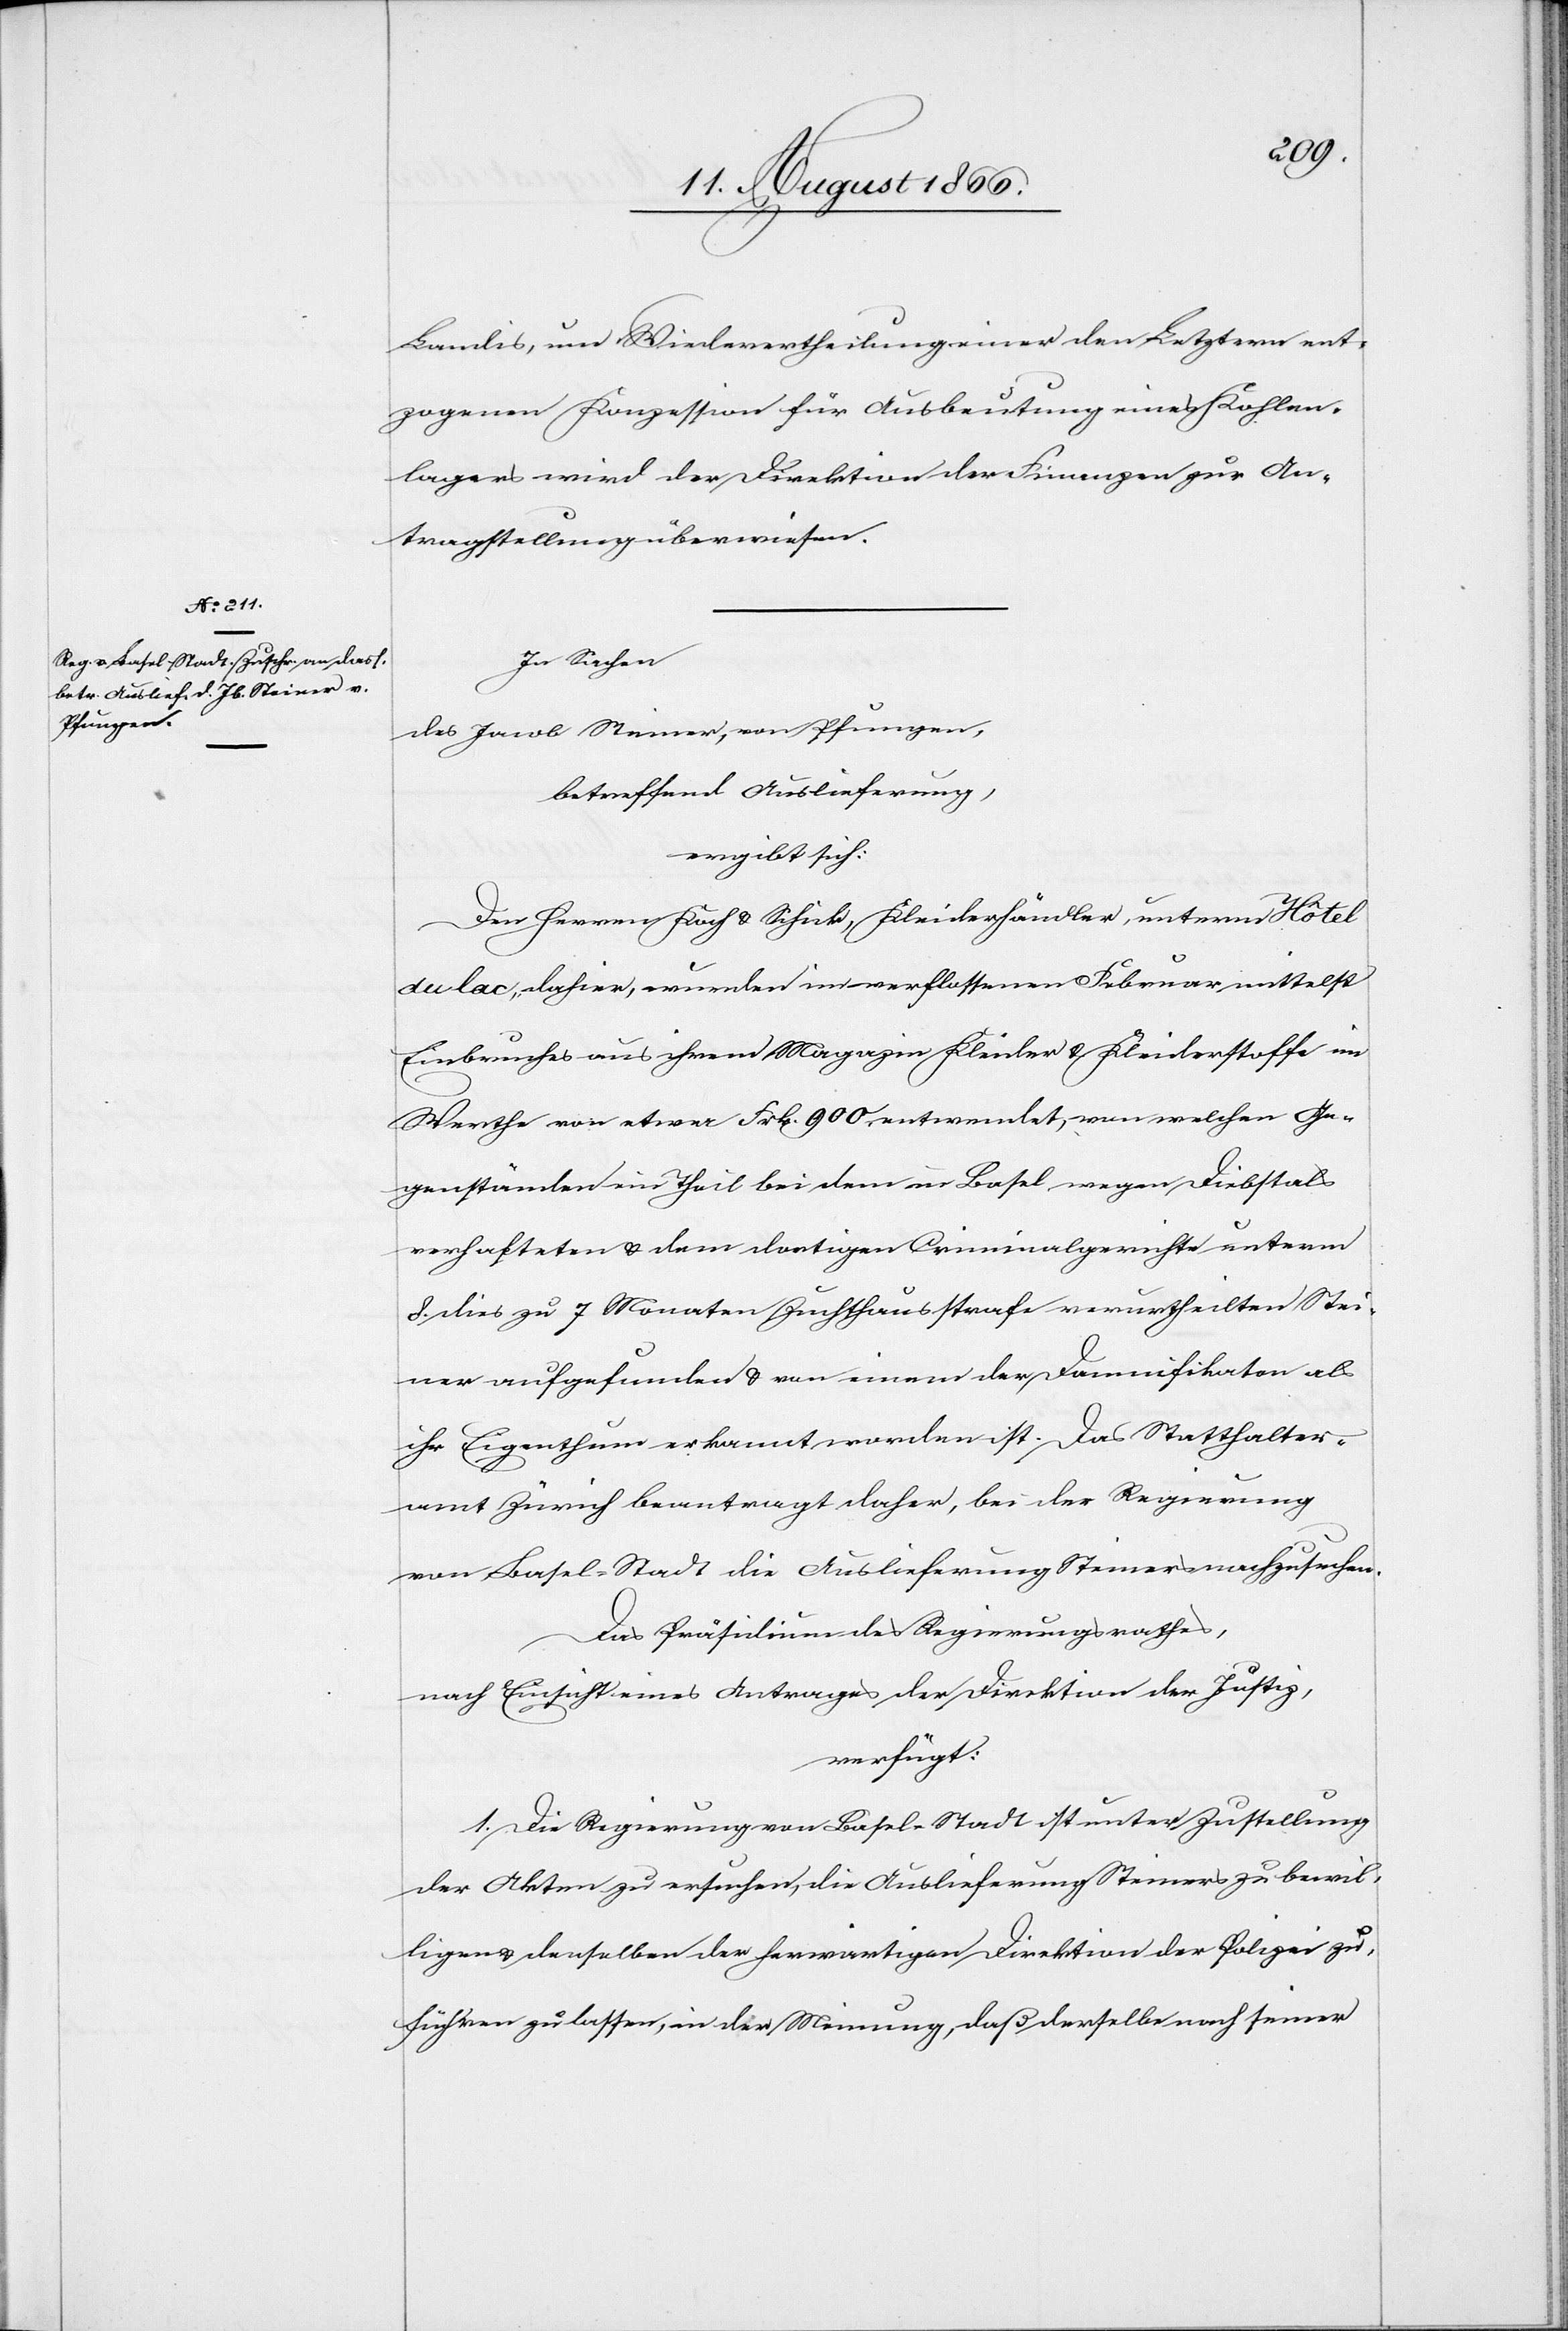
14. August 1866.]
Landis, um Wiederertheilung einer den Letztern ent¬
zogenen Konzession für Ausbeutung eines Kohlen¬
lagers wird der Direktion der Finanzen zur An¬
tragstellung überwiesen.
In Sachen
des Jacob Steiner, von Pfungen,
betreffend Auslieferung,
ergibt sich:
Den Herren Koch u. Schild, Kleiderhändler, unterm Hôtel
du lac, dahier, wurden im verflossenen Februar mittelst
Einbruches aus ihrem Magazin Kleider u. Kleiderstoffe im
Werthe von etwa Frk. 900 entwendet, von welchen Ge¬
genständen ein Theil bei dem in Basel wegen Diebstals
verhafteten u. dem dortigen Criminalgerichte unterm
8. dies zu 7 Monaten Zuchthausstrafe verurtheilte Stei¬
ner aufgefunden u. von einem der Damnifikaten als
ihr Eigenthum erkannt worden ist. Das Statthalter¬
amt Zürich beantragt daher, bei der Regierung
von Basel-Stadt die Auslieferung Steiners nachzusuchen.
Das Präsidium des Regierungsrathes,
nach Einsicht eines Antrages der Direktion der Justiz,
verfügt:
1. Die Regierung von Basel-Stadt ist unter Zustellung
der Akten zu ersuchen, die Auslieferung Steiners zu bewil¬
ligen u. denselben der herwärtigen Direktion der Polizei zu¬
führen zu lassen, in der Meinung, daß derselbe nach seiner